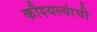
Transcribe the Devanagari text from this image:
कौश्यल्यांची